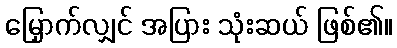
မြှောက်လျှင် အပြား သုံးဆယ် ဖြစ်၏။